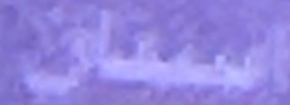
اسنان